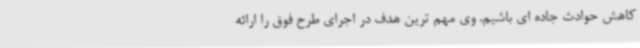
کاهش حوادث جاده ای باشیم. وی مهم ترین هدف در اجرای طرح فوق را ارائه